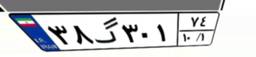
۰۱گ۳۸۱۵۴